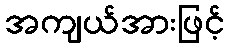
အကျယ်အားဖြင့်